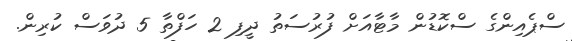
ސްޕެއިންގެ ސްކޮޑުން މާޓާއަށް ފުރުސަތު ދީފި 2 ހަފްތާ 5 ދުވަސް ކުރިން.